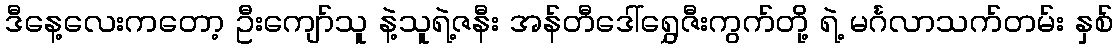
ဒီနေ့လေးကတော့ ဦးကျော်သူ နဲ့သူရဲ့ဇနီး အန်တီဒေါ်ရွှေဇီးကွက်တို့ ရဲ့ မင်္ဂလာသက်တမ်း နှစ်